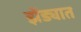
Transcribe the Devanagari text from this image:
झेंड्यात